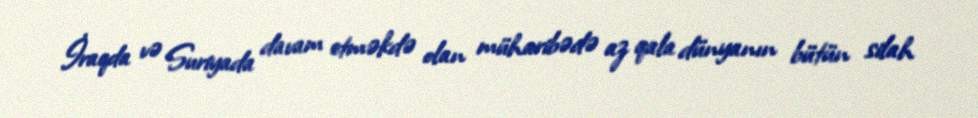
İraqda və Suriyada davam etməkdə olan müharibədə az qala dünyanın bütün silah